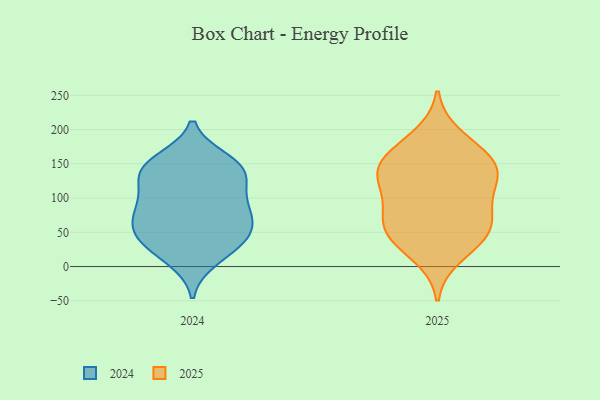
{"axis": {"x": "Net Income (USD K)", "y": "Value"}, "legend": ["2024", "2025"], "data": [{"x": "", "y": 150, "type": "2025"}, {"x": "", "y": 41, "type": "2025"}, {"x": "", "y": 171, "type": "2025"}, {"x": "", "y": 75, "type": "2025"}, {"x": "", "y": 133, "type": "2025"}, {"x": "", "y": 136, "type": "2025"}, {"x": "", "y": 58, "type": "2025"}, {"x": "", "y": 102, "type": "2025"}, {"x": "", "y": 157, "type": "2025"}, {"x": "", "y": 46, "type": "2025"}, {"x": "", "y": 15, "type": "2025"}, {"x": "", "y": 81, "type": "2025"}, {"x": "", "y": 141, "type": "2025"}, {"x": "", "y": 117, "type": "2025"}, {"x": "", "y": 50, "type": "2025"}, {"x": "", "y": 191, "type": "2025"}, {"x": "", "y": 144, "type": "2024"}, {"x": "", "y": 137, "type": "2024"}, {"x": "", "y": 155, "type": "2024"}, {"x": "", "y": 125, "type": "2024"}, {"x": "", "y": 31, "type": "2024"}, {"x": "", "y": 55, "type": "2024"}, {"x": "", "y": 45, "type": "2024"}, {"x": "", "y": 26, "type": "2024"}, {"x": "", "y": 11, "type": "2024"}, {"x": "", "y": 143, "type": "2024"}, {"x": "", "y": 146, "type": "2024"}, {"x": "", "y": 93, "type": "2024"}, {"x": "", "y": 76, "type": "2024"}, {"x": "", "y": 61, "type": "2024"}, {"x": "", "y": 91, "type": "2024"}, {"x": "", "y": 55, "type": "2024"}, {"x": "", "y": 96, "type": "2024"}]}